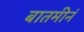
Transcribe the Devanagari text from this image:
बातमीनं